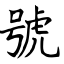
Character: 號